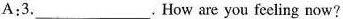
A:3.___.How are you feeling now?